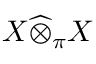
X { \widehat { \otimes } } _ { \pi } X